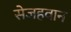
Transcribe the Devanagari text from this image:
सेजहवान